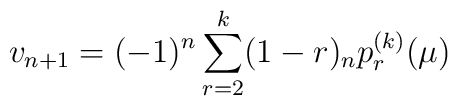
v_{n+1} = (-1)^n \sum^k_{r=2} (1-r)_n p_r^{(k)}(\mu)